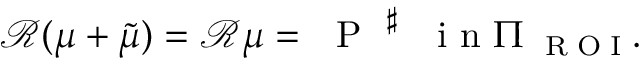
{ \mathcal R } ( \mu + \widetilde { \mu } ) = { \mathcal R } \mu = \mathrm { ~ \mathrm { ~ P ~ } ~ } ^ { \sharp } ~ ~ \mathrm { ~ i ~ n ~ } \Pi _ { \mathrm { ~ \tiny ~ R ~ O ~ I ~ } } .